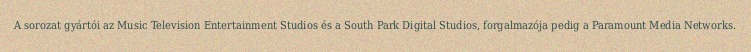
A sorozat gyártói az Music Television Entertainment Studios és a South Park Digital Studios, forgalmazója pedig a Paramount Media Networks.